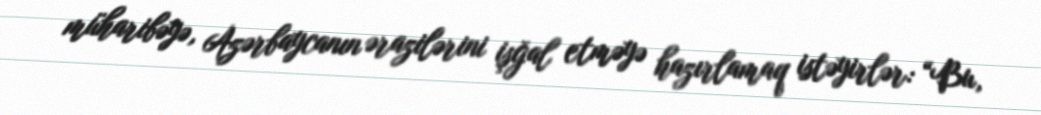
müharibəyə, Azərbaycanın ərazilərini işğal etməyə hazırlamaq istəyirlər: “Bu,